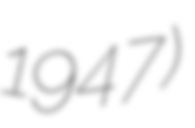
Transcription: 1947)